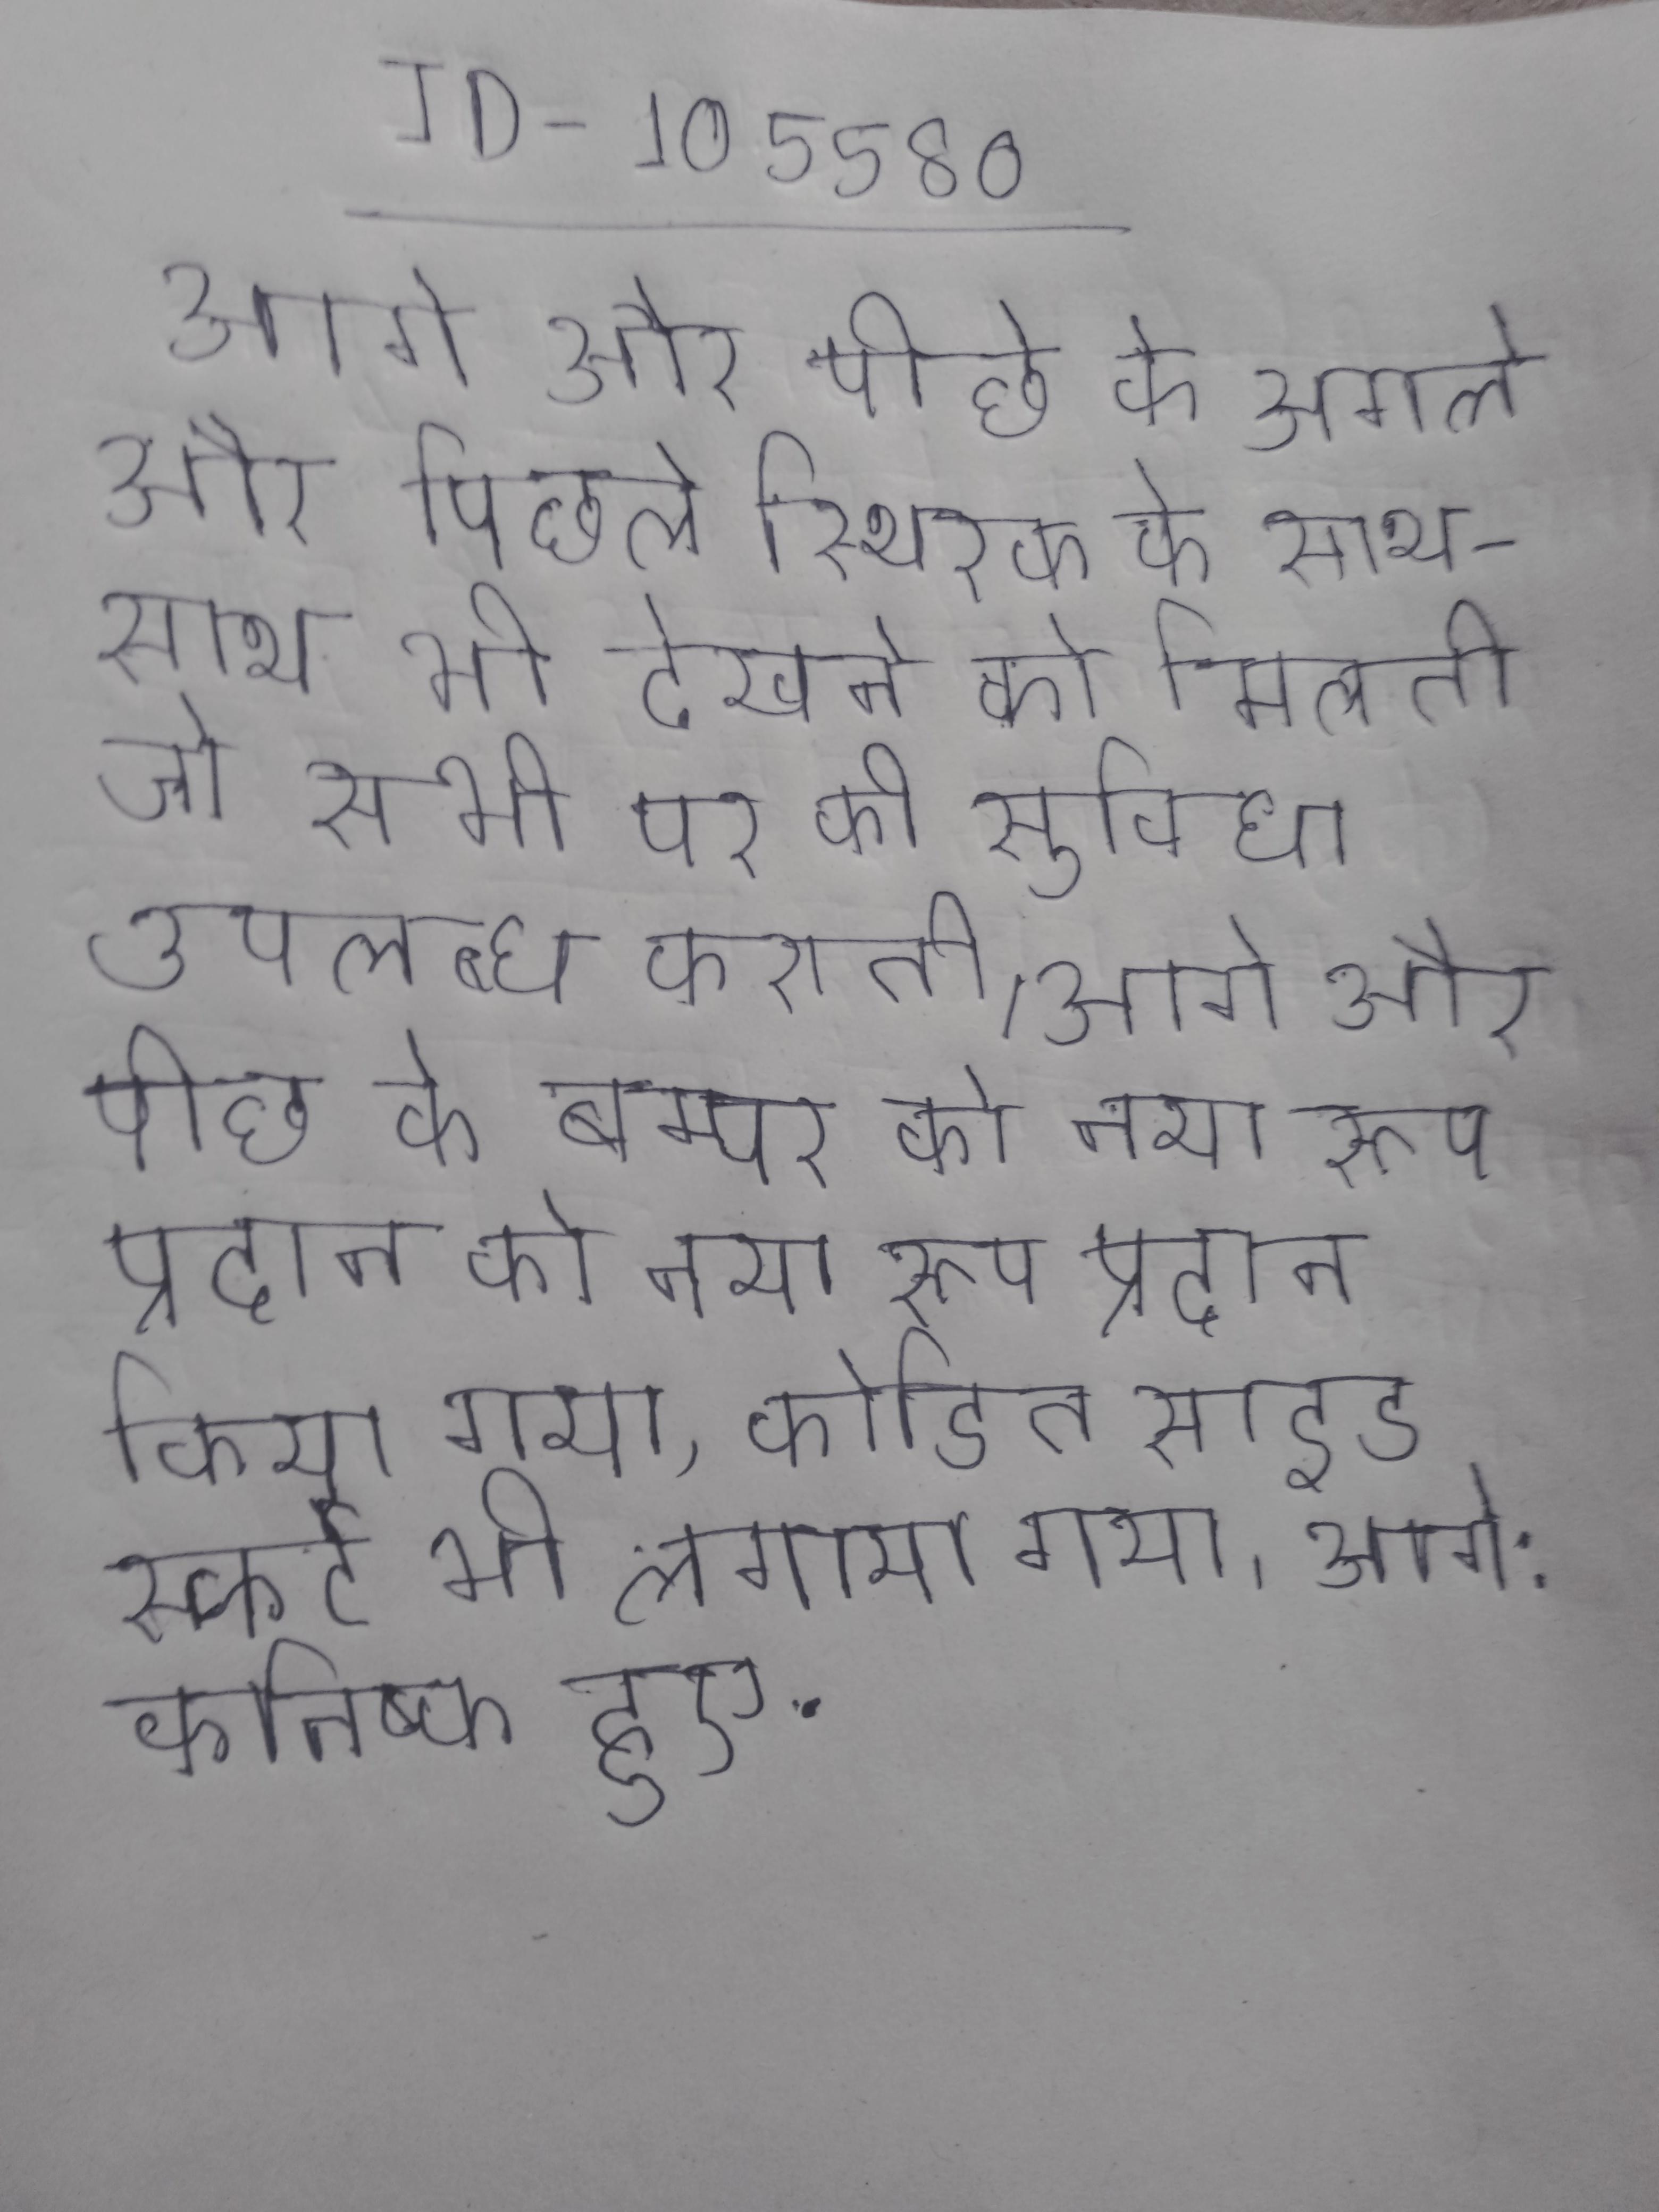
आगे और पीछे के अगले और पिछले स्थिरक के साथ-साथ भी देखने को मिलती जो सभी पर की सुविधा उपलब्ध कराती । आगे और पीछे के बम्पर को नया रूप प्रदान किया गया, कोडित साइड स्कर्ट भी लगाया गया । आगे: कनिष्क हुए .